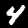
Label: 4